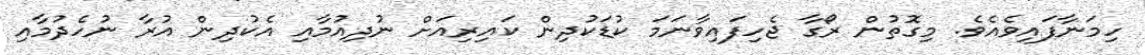
ހިމަނާފައިވެއެވެ. މިގޮތުން ރޯގާ ޖެހިފައިވާނަމަ ކުޑަކުދިން ކައިރިއަށް ނުދިއުމާއި އެކުދިން އުރާ ނުހެދުމާއި